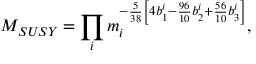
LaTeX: M _ { S U S Y } = \prod _ { i } m _ { i } ^ { - \frac { 5 } { 3 8 } \left[ 4 b _ { 1 } ^ { i } - \frac { 9 6 } { 1 0 } b _ { 2 } ^ { i } + \frac { 5 6 } { 1 0 } b _ { 3 } ^ { i } \right] } ,